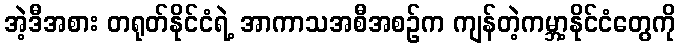
အဲ့ဒီအစား တရုတ်နိုင်ငံရဲ့ အာကာသအစီအစဉ်က ကျန်တဲ့ကမ္ဘာ့နိုင်ငံတွေကို